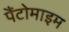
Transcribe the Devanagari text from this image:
पैंटोमाइम